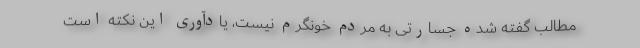
مطالبِ گفته شده جسارتی به مردمِ خونگرم نیست، یادآوری این نکته است